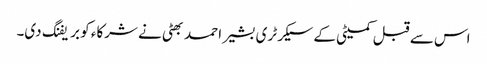
اس سے قبل کمیٹی کے سیکرٹری بشیر احمد بھٹی نے شرکاء کو بریفنگ دی۔